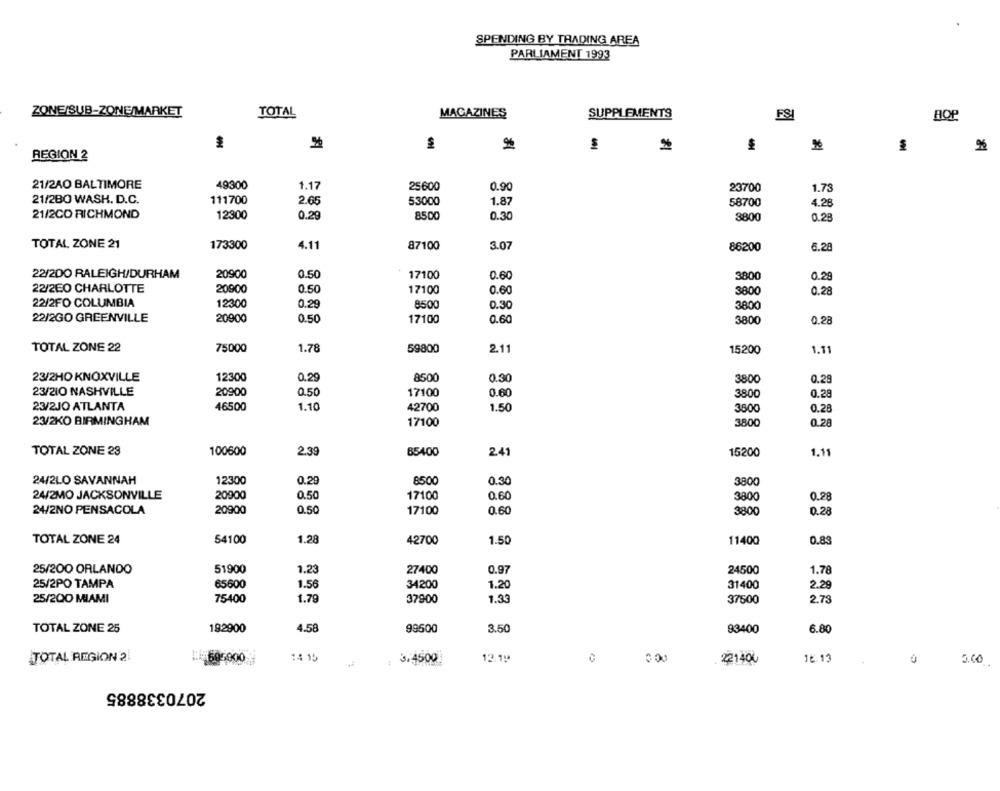
SPENDING BY TRADING AREA
PARLIAMENT 1993
ZONE/SUB-ZONE/MARKET
TOTAL
MAGAZINES
SUPPLEMENTS
BOP
%
REGION 2
21/2AO BALTIMORE
49300
1.17
25600
0.90
23700
1.73
111700
21/2BO WASH. D.C.
2.65
53000
1.87
58700
4.28
21/2CO RICHMOND
0.29
12300
8500
0.30
8800
0.28
TOTAL ZONE 21
173300
4.11
87100
3.07
86200
6.28
22/200 RALEIGH/DURHAM
20900
0.50
17100
0.60
3800
0.29
22/2EO CHARLOTTE
20900
0.50
17100
0.60
3800
0.28
22/2FO COLUMBIA
12300
0.29
8500
0.30
3800
22/2GO GREENVILLE
20900
0.50
17100
0.60
3800
0.28
TOTAL ZONE 22
75000
1.78
59800
2.11
15200
1.11
23/2HO KNOXVILLE
12300
0.29
8500
0.30
3800
0.29
23/210 NASHVILLE
20900
0.50
17100
0.60
3800
0.29
23/2JO ATLANTA
46500
1.10
42700
1.50
3500
0.28
23/2KO BIRMINGHAM
17100
3800
0.28
TOTAL ZONE 23
100600
2.39
85400
1.11
24
15200
24/2LO SAVANNAH
12300
0.29
8500
0.30
3800
24/2MO JACKSONVILLE
20900
0.50
17100
0.60
3800
0.28
24/2NO PENSACOLA
20900
0.50
17100
0.60
3800
0.28
1.28
TOTAL ZONE 24
54100
42700
1.50
11400
0.8
25/200 ORLANDO
51900
1.23
27400
0.97
24500
1.78
25/2PO TAMPA
65600
1.56
34200
1.20
31400
2.29
25/200 MIAMI
75400
1.79
37900
1.33
37500
2.73
TOTAL ZONE 25
192900
4.58
99500
3.50
93400
6.80
14 15
TOTAL REGION 2!
:595900
3.4500
12.19
. 221400
16.13
5.00
2070338885